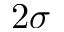
2 \sigma